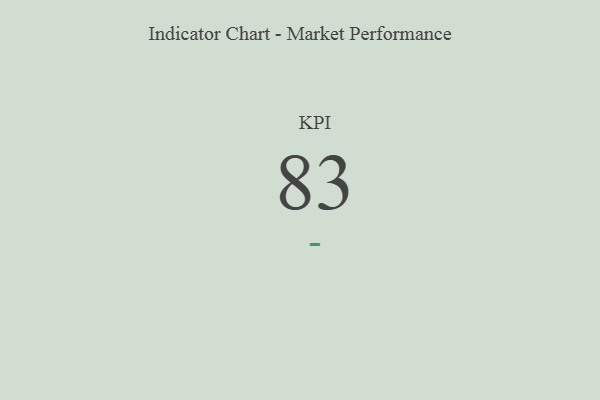
{"axis": {"x": "KPI", "y": "Value"}, "legend": [""], "data": [{"x": "KPI", "y": 83, "type": ""}]}